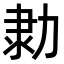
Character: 𠡫